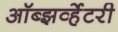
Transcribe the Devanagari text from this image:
ऑब्झर्व्हेटरी